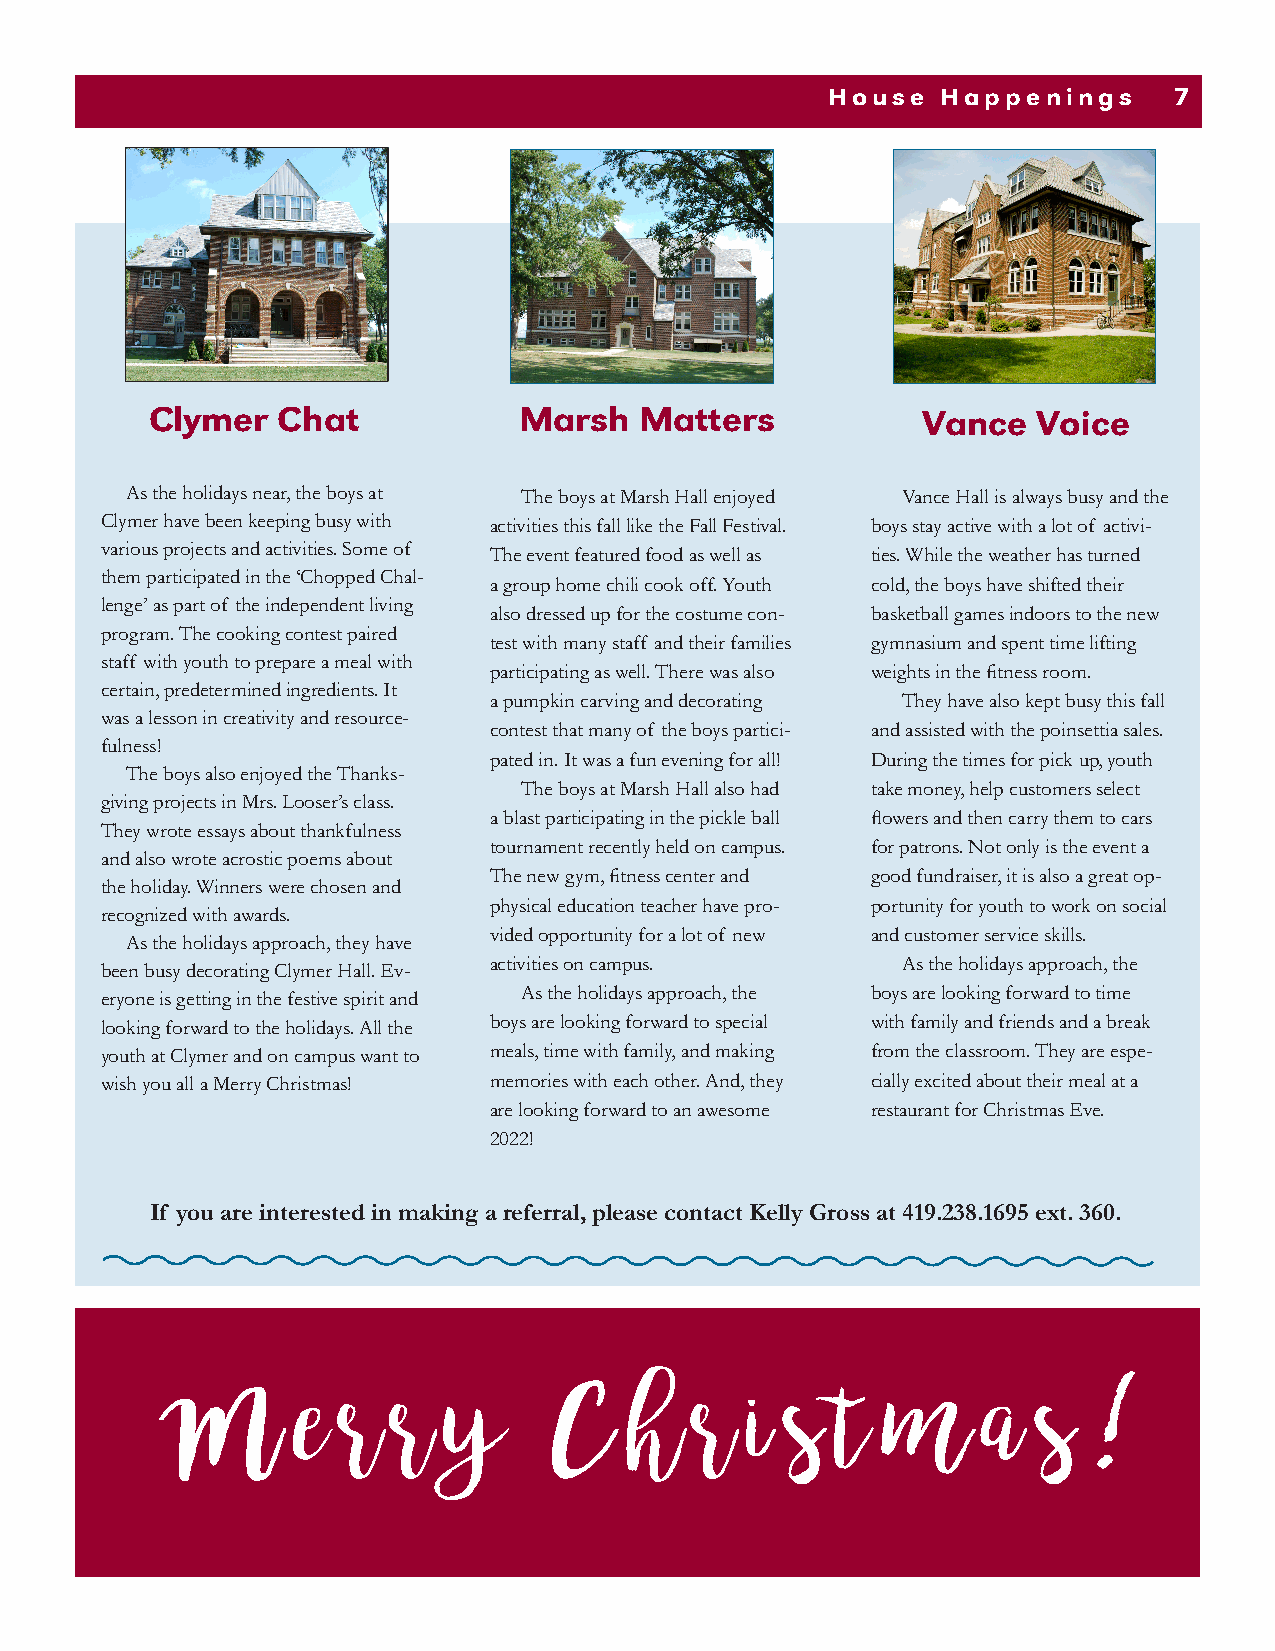
House  Happenings      7
 Clymer  Chat            Marsh   Matters            Vance   Voice
 As the holidays near, the boys at The boys at Marsh Hall enjoyed Vance Hall is always busy and the
 Clymer have been keeping busy with activities this fall like the Fall Festival. boys stay active with a lot of activi-
 various projects and activities. Some of The event featured food as well as ties. While the weather has turned
 them participated in the ‘Chopped Chal-
 a group home chili cook off. Youth cold, the boys have shifted their
 lenge’ as part of the independent living
 also dressed up for the costume con- basketball games indoors to the new
 program. The cooking contest paired
 test with many staff and their families gymnasium and spent time lifting
 staff with youth to prepare a meal with
 participating as well. There was also weights in the fitness room.
 certain, predetermined ingredients. It
 a pumpkin carving and decorating They have also kept busy this fall
 was a lesson in creativity and resource-
 contest that many of the boys partici- and assisted with the poinsettia sales.
 fulness!
 pated in. It was a fun evening for all! During the times for pick up, youth
 The boys also enjoyed the Thanks-
 The boys at Marsh Hall also had take money, help customers select
 giving projects in Mrs. Looser’s class.
 a blast participating in the pickle ball flowers and then carry them to cars
 They wrote essays about thankfulness
 tournament recently held on campus. for patrons. Not only is the event a
 and also wrote acrostic poems about
 The new gym, fitness center and good fundraiser, it is also a great op-
 the holiday. Winners were chosen and
 physical education teacher have pro- portunity for youth to work on social
 recognized with awards.
 vided opportunity for a lot of new and customer service skills.
 As the holidays approach, they have
 activities on campus.       As the holidays approach, the
 been busy decorating Clymer Hall. Ev-
 eryone is getting in the festive spirit and As the holidays approach, the boys are looking forward to time
 looking forward to the holidays. All the boys are looking forward to special with family and friends and a break
 youth at Clymer and on campus want to meals, time with family, and making from the classroom. They are espe-
 wish you all a Merry Christmas! memories with each other. And, they cially excited about their meal at a
 are looking forward to an awesome restaurant for Christmas Eve.
 2022!
 If you are interested in making a referral, please contact Kelly Gross at 419.238.1695 ext. 360.
 M        e  r  r   y     C     h   r   i s  t   m     a   s
 !